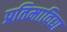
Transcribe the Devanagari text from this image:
प्रतिमाविद्या